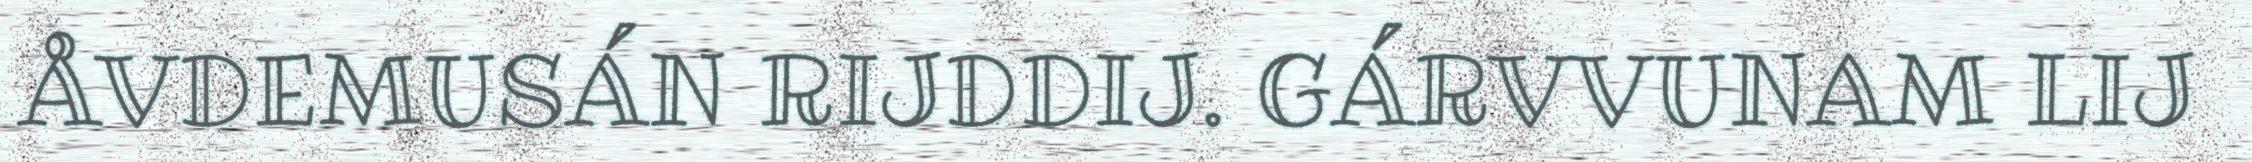
ÅVDEMUSÁN RIJDDIJ. GÁRVVUNAM LIJ